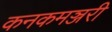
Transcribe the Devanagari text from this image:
कनकमञ्जरी